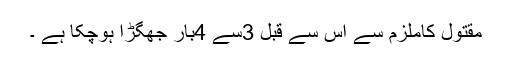
مقتول کاملزم سے اس سے قبل 3سے 4بار جھگڑا ہوچکا ہے ۔